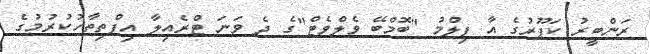
ރަންބީރު ކަޕޫރުގެ އާ ފިލްމު "ބޮމްބޭ ވެލްވެޓް"ގެ ދެ ވަނަ ޓްރެއިލާ އިފްތިތާހުކުރުމުގެ